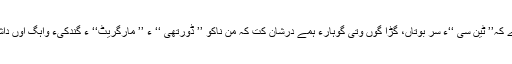
وہدے کہ’’ ٹین سیؔ ‘‘ءَ سر بوتاں، گڑا گوں وتی گوہارءَ ہمے درشان کت کہ من ناکو ’’ ڈورتھی ‘‘ؔ ءُ ’’ مارگریٹ‘‘ؔ ءِ گندکیءِ واہگ اوں داشتگ۔